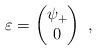
LaTeX: \begin{align*}\varepsilon = \begin{pmatrix} \psi_+ \\ 0 \end{pmatrix}~,\end{align*}